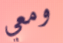
ومعي